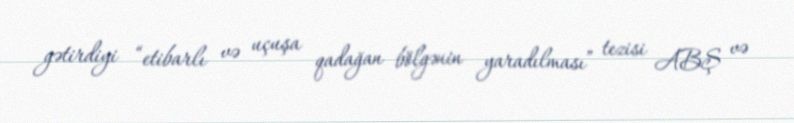
gətirdiyi “etibarlı və uçuşa qadağan bölgənin yaradılması” tezisi ABŞ və